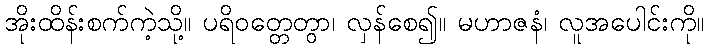
အိုးထိန်းစက်ကဲ့သို့။ ပရိဝတ္တေတွာ၊ လှန်စေ၍။ မဟာဇနံ၊ လူအပေါင်းကို။